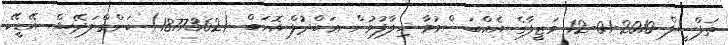
ތަފްސީލް 2010-01-12 ވަޒީފާގެ އެއްބަސްވުމާ ޚިލާފުވުން ޢަބްދުލް އޮހަބް (1877362) ބަންގްލަދޭޝް އޭޑީކޭ